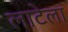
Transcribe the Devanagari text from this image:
लाटेला